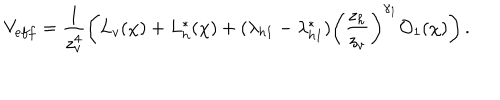
LaTeX: V _ { e f f } = \frac { 1 } { z _ { v } ^ { 4 } } \left( L _ { v } ( \chi ) + L _ { h } ^ { * } ( \chi ) + ( \lambda _ { h 1 } - \lambda _ { h 1 } ^ { * } ) \left( \frac { z _ { h } } { z _ { v } } \right) ^ { \gamma _ { 1 } } { \cal O } _ { 1 } ( \chi ) \right) .